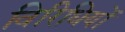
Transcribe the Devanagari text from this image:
विरिधियों